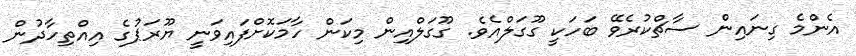
އެންމެ ގިނައިން ސާޗްކުރެވޭ ބަހަކީ ގޫގަލްއެވެ. ގޫގަލްއިން މިކަން ހާމަކޮށްފައިވަނީ ޔޫރަޕުގެ އިއްތިހާދުން